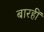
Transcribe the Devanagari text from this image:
बारहीं